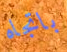
باتجاه